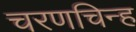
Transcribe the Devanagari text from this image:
चरणचिन्ह